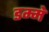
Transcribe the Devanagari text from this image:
डम्मे